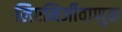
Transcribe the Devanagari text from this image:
लिएनिर्जीवाणुक